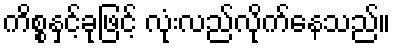
ကိစ္စနှင့်ခုဖြင့် လုံးလည်လိုက်နေသည်။